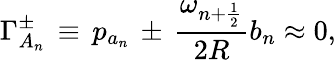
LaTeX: \Gamma_{A_{n}}^{\pm}\, \equiv\, p_{a_{n}}\, \pm\, \frac{\omega_{n+\frac{1}{2}}}{2R}b_{n}\approx 0,